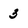
Character: 3